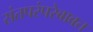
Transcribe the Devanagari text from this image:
संतपरंपरेबाबत